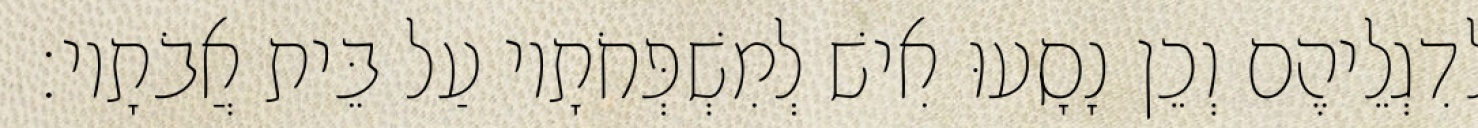
לְדִגְלֵיהֶם וְכֵן נָסָעוּ אִישׁ לְמִשְׁפְּחֹתָיו עַל בֵּית אֲבֹתָיו׃